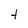
Character: t